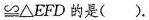
≌ △ E F D$$的是( ).